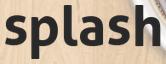
splash